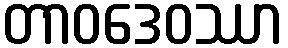
တာဝဒေဝဿာ